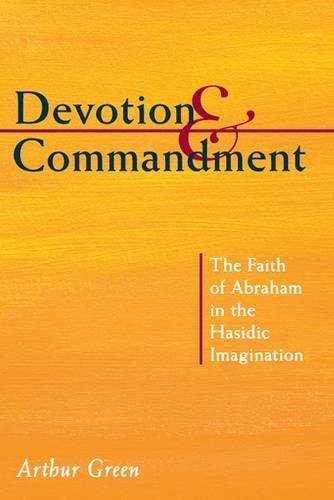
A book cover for Devotion and Commandment: The Faith of Abraham in the Hasidic Imagination; Arthur Green; Religion & Spirituality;